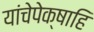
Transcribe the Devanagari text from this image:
यांचेपेक्षाहि